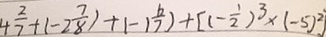
4 \frac { 2 } { 7 } + ( - 2 \frac { 7 } { 8 } ) + ( - 1 \frac { 6 } { 7 } ) + [ ( - \frac { 1 } { 2 } ) ^ { 3 } \times ( - 5 ) ^ { 2 } ]